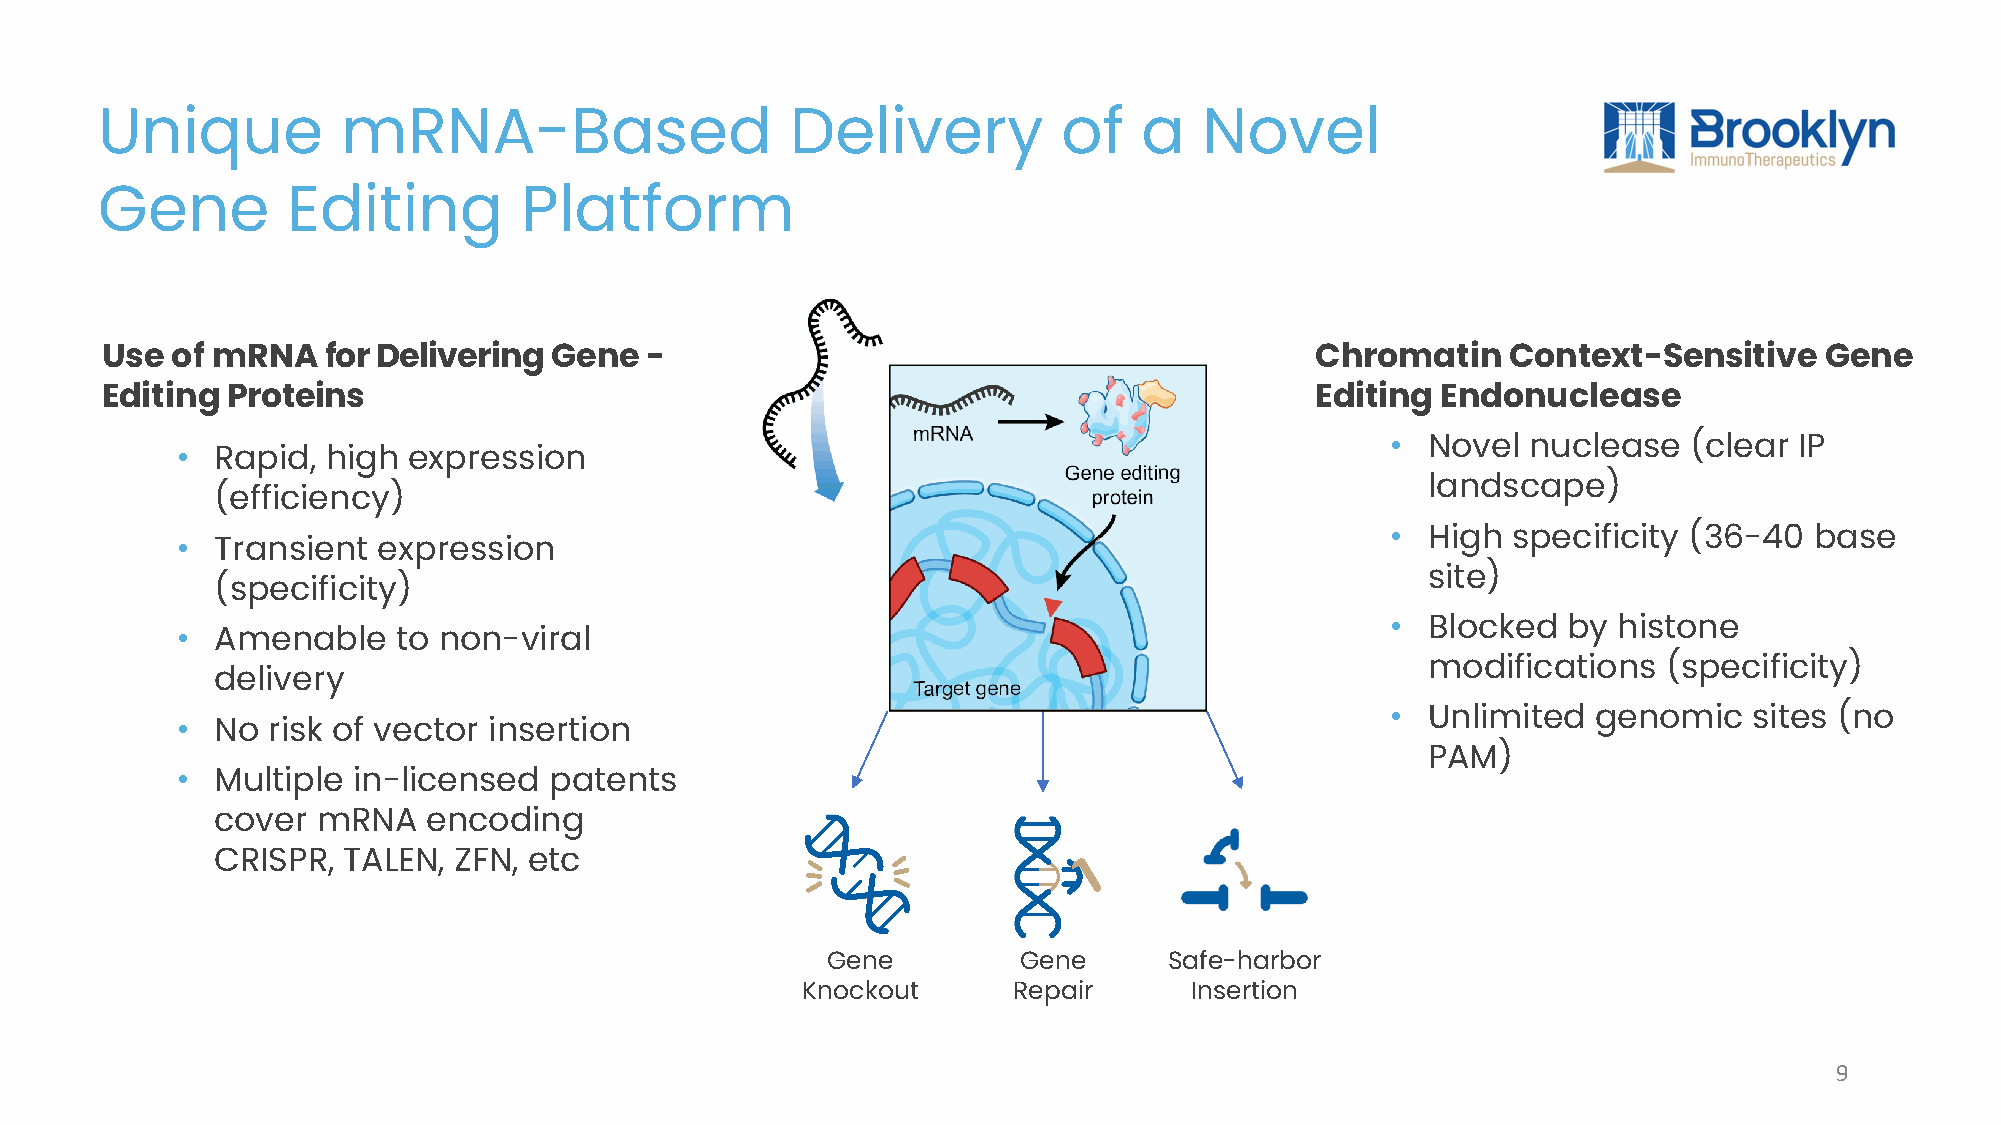
Unique           mRNA-Based                   Delivery          of    a   Novel
 Gene         Editing        Platform
 Use of mRNA   for Delivering Gene   -                                           Chromatin    Context-Sensitive    Gene
 EditingProteins                                                                 Editing Endonuclease
 • Novel  nuclease   (clear IP
 • Rapid,  high expression
 landscape)
 (efficiency)
 • High  specificity (36-40  base
 • Transient  expression
 site)
 (specificity)
 • Blocked   by histone
 • Amenable    to non-viral
 modifications   (specificity)
 delivery
 • Unlimited   genomic   sites (no
 • No  risk of vector insertion
 PAM)
 • Multiple in-licensed  patents
 cover  mRNA   encoding
 CRISPR,  TALEN, ZFN, etc
 Gene        Gene      Safe-harbor
 Knockout      Repair      Insertion
 9